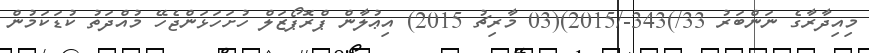
މިއިދާރާގެ ނަންބަރު 33/)343-/2015)(03 މާރިޗު 2015) އިޢުލާން ޕްރޮޕޯޒަލް ހުށަހަޅަންޖެހޭ މުއްދަތު ކުޑަކަމުން